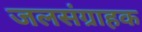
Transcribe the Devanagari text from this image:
जलसंग्राहक